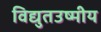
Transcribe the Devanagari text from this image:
विद्युतउष्मीय